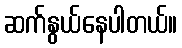
ဆက်နွယ်နေပါတယ်။